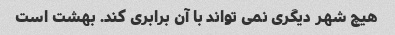
هیچ شهر دیگری نمی تواند با آن برابری کند. بهشت است